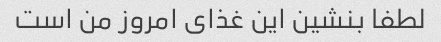
لطفا بنشین این غذای امروز من است